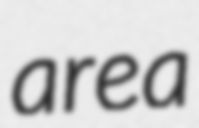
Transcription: area